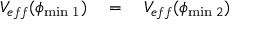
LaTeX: V _ { e f f } ( \phi _ { \mathrm { { m i n } \; 1 } } ) \quad = \quad V _ { e f f } ( \phi _ { \mathrm { m i n } \; 2 } )